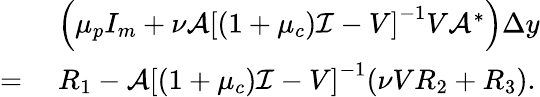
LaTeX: \begin{array}{rl}&{\; \left(\mu_{p}I_{m}+{\nu}\mathcal{A}\left[(1+\mu_{c})\mathcal{I}-V\right]^{-1}V\mathcal{A}^{*}\right)\Delta y}\\ {=}&{\; R_{1}-\mathcal{A}\left[(1+\mu_{c})\mathcal{I}-V\right]^{-1}({\nu}VR_{2}+R_{3}).}\end{array}